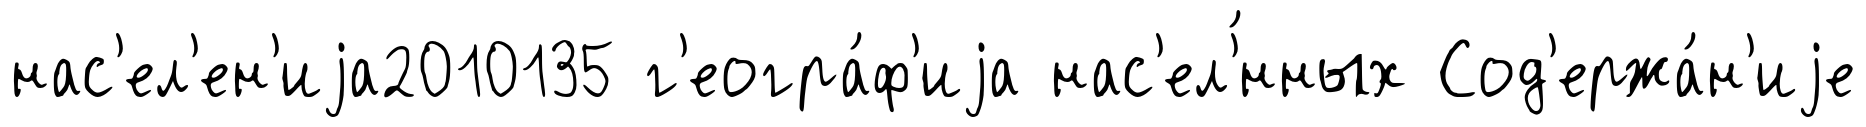
нас'ел'ен'иjа2010135 г'еогра́ф'иjа нас'ел'́нных Сод'ержа́н'иjе